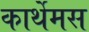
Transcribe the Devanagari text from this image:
कार्थेमस